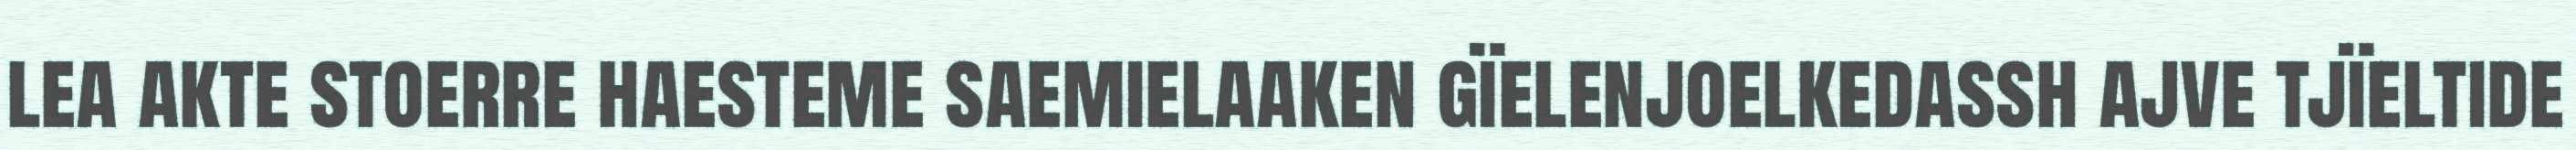
lea akte stoerre haesteme saemielaaken gïelenjoelkedassh ajve tjïeltide